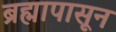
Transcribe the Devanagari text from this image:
ब्रह्मापासून